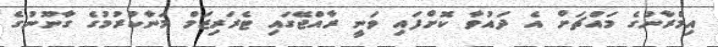
އިމްރާނުގެ މައްޗަށް އެ ދައުވާ ކޮށްފައި ވަނީ ރާއްޖޭގައި ޓެރަރިޒަމް މަނާކުރުމުގެ ގާނޫނުގެ